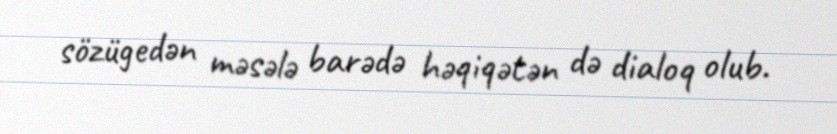
sözügedən məsələ barədə həqiqətən də dialoq olub.